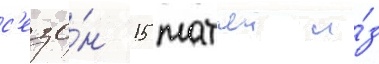
с'езо́н 15 матчеи и́з